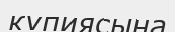
құпиясына